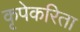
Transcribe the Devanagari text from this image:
कृपेकरिता